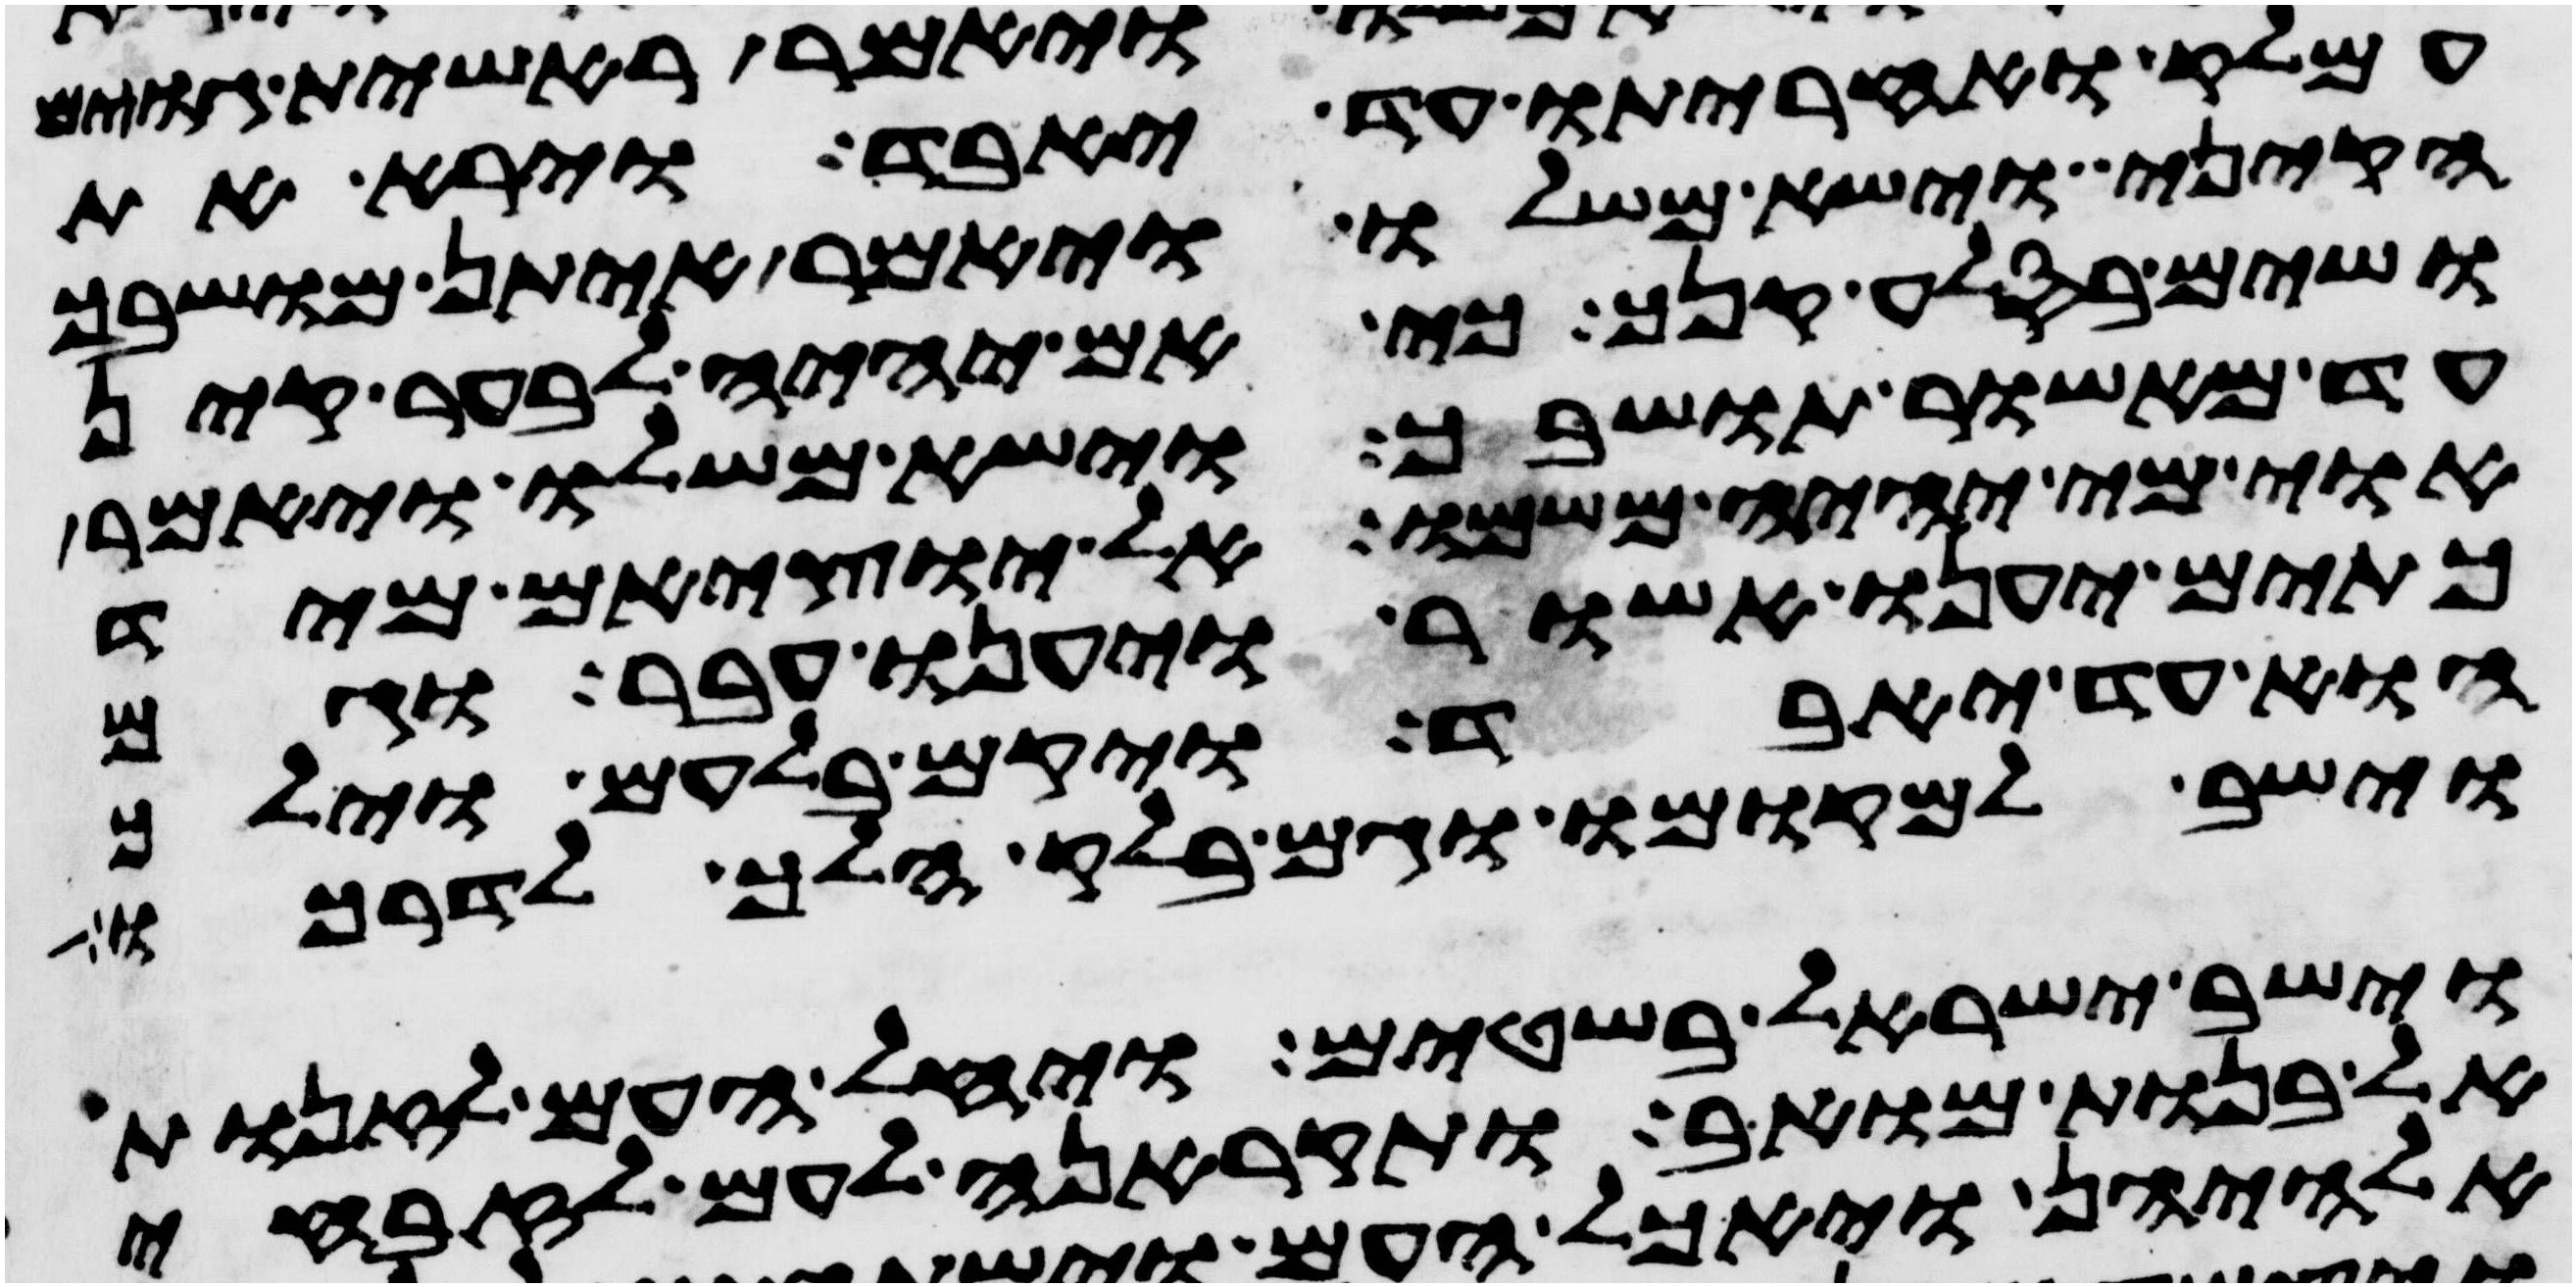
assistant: עמלק ואחריתו עד יאבד וירא את
הקיני וישא משלו ויאמר איתן מושבך
ושים בסלע קנך כי אם יהיה לבער קין
עד מאשור תושבך וישא משלו ויאמר
אוי מי יהיה משמו אל יוציאם מיד
כתים יענו אשור ויענו עבר וגם
הוא עד יאבד ויקם בלעם וילך
וישב למקומו וגם בלק הלך לדרכו
וישב ישראל בשטים ויחל העם לזנות
אל בנות מואב ותקראנה לעם לזבחי